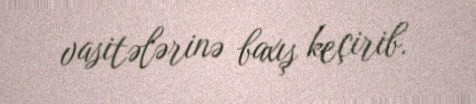
vasitələrinə baxış keçirib.